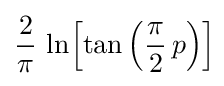
{\frac {2}{\pi }}\,\ln \!\left[\tan \left({\frac {\pi }{2}}\,p\right)\right]\!